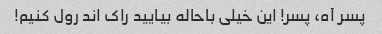
پسر آه، پسر! این خیلی باحاله بیایید راک اند رول کنیم!